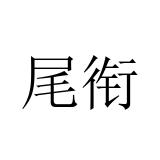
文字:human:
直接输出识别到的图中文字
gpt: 尾衔